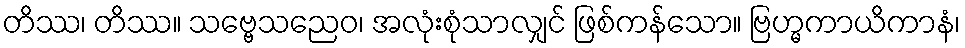
တိဿ၊ တိဿ။ သဗ္ဗေသညေဝ၊ အလုံးစုံသာလျှင် ဖြစ်ကန်သော။ ဗြဟ္မကာယိကာနံ၊